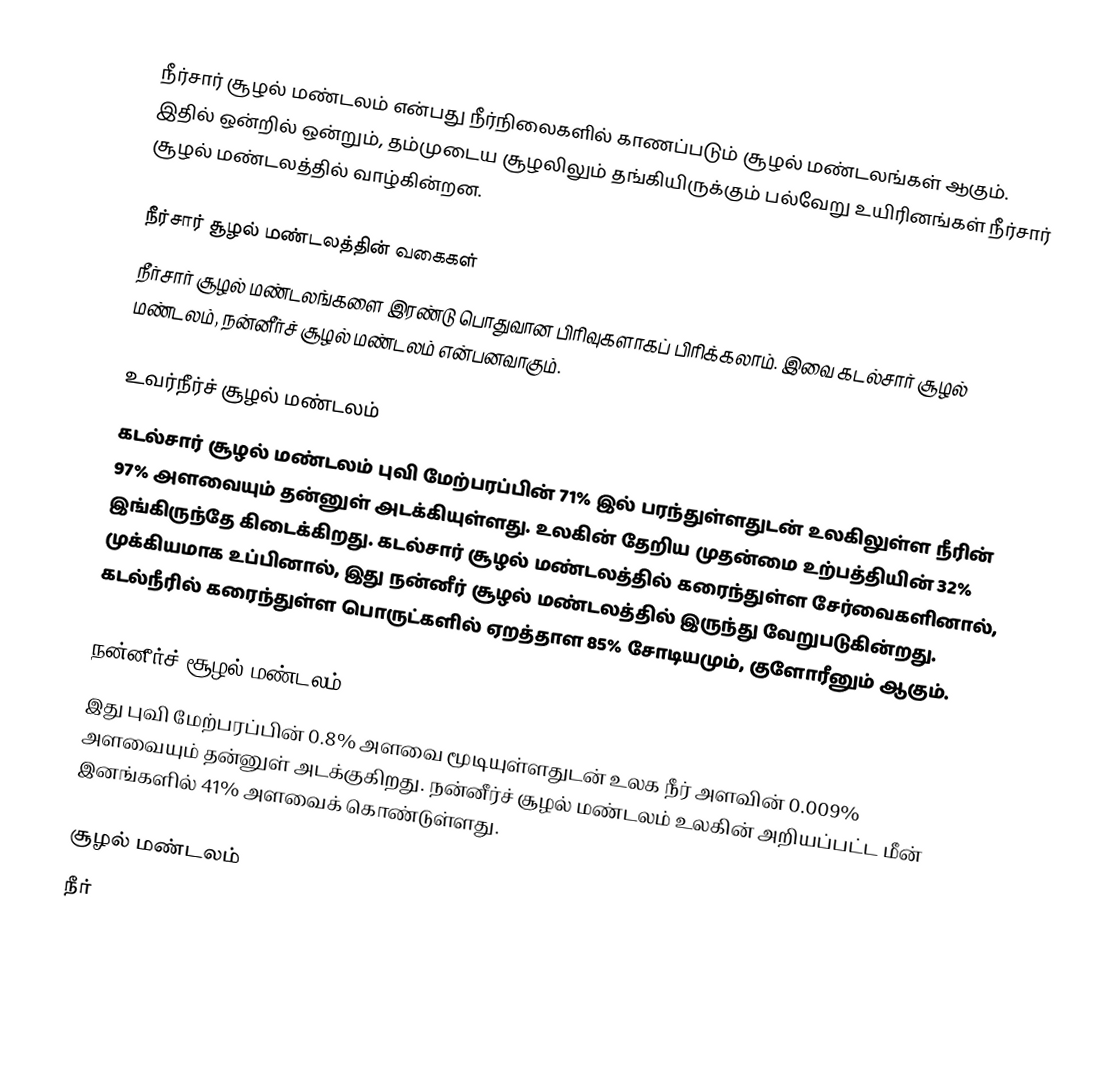
நீர்சார் சூழல் மண்டலம் என்பது நீர்நிலைகளில் காணப்படும் சூழல் மண்டலங்கள் ஆகும். இதில் ஒன்றில் ஒன்றும், தம்முடைய சூழலிலும் தங்கியிருக்கும் பல்வேறு உயிரினங்கள் நீர்சார் சூழல் மண்டலத்தில் வாழ்கின்றன.

நீர்சார் சூழல் மண்டலத்தின் வகைகள்
நீர்சார் சூழல் மண்டலங்களை இரண்டு பொதுவான பிரிவுகளாகப் பிரிக்கலாம். இவை கடல்சார் சூழல் மண்டலம், நன்னீர்ச் சூழல் மண்டலம் என்பனவாகும்.

உவர்நீர்ச் சூழல் மண்டலம்
கடல்சார் சூழல் மண்டலம் புவி மேற்பரப்பின் 71% இல் பரந்துள்ளதுடன் உலகிலுள்ள நீரின் 97% அளவையும் தன்னுள் அடக்கியுள்ளது. உலகின் தேறிய முதன்மை உற்பத்தியின் 32% இங்கிருந்தே கிடைக்கிறது. கடல்சார் சூழல் மண்டலத்தில் கரைந்துள்ள சேர்வைகளினால், முக்கியமாக உப்பினால், இது நன்னீர் சூழல் மண்டலத்தில் இருந்து வேறுபடுகின்றது. கடல்நீரில் கரைந்துள்ள பொருட்களில் ஏறத்தாள 85% சோடியமும், குளோரீனும் ஆகும்.

நன்னீர்ச் சூழல் மண்டலம்
இது புவி மேற்பரப்பின் 0.8% அளவை மூடியுள்ளதுடன் உலக நீர் அளவின் 0.009% அளவையும் தன்னுள் அடக்குகிறது. நன்னீர்ச் சூழல் மண்டலம் உலகின் அறியப்பட்ட மீன் இனங்களில் 41% அளவைக் கொண்டுள்ளது.

சூழல் மண்டலம்
நீர்